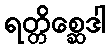
ရတ္တိစ္ဆေဒါ